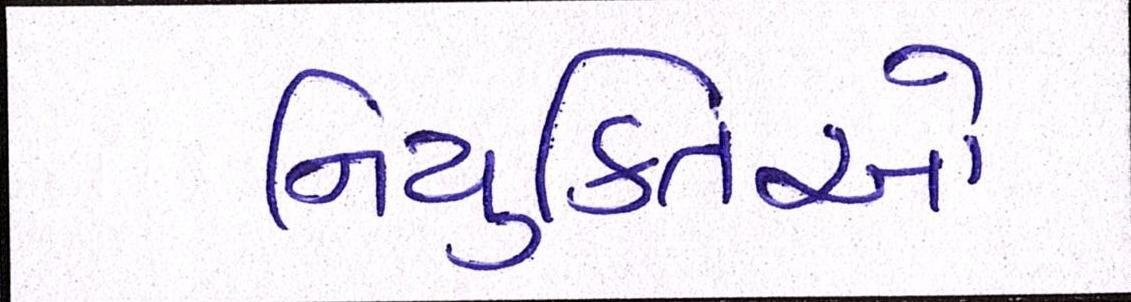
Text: નિયુક્તિઓ